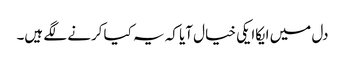
دل میں ایکاایکی خیال آیا کہ یہ کیا کرنے لگے ہیں۔